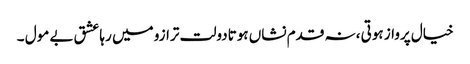
خیال پرواز ہوتی ،نہ قدم نشاں ہوتادولت ترازو میں رہاعشق بے مول ۔